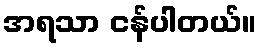
အရသာ ငန်ပါတယ်။